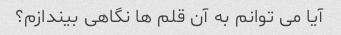
آیا می توانم به آن قلم ها نگاهی بیندازم؟